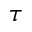
\tau